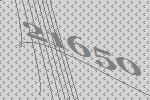
21650